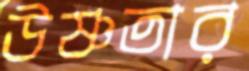
উষ্ণতার